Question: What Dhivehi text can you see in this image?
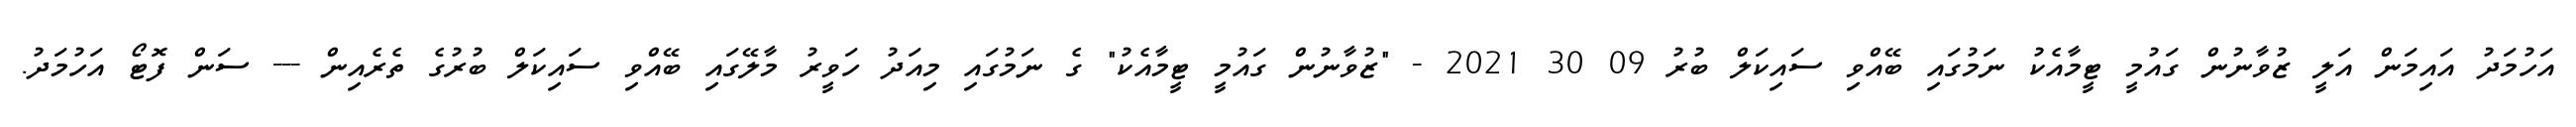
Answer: އަހުމަދު އައިމަން އަލީ ޒުވާނުން ގައުމީ ޓީމާއެކު ނަމުގައި ބޭއްވި ސައިކަލް ބުރު 09 30 2021 - "ޒުވާނުން ގައުމީ ޓީމާއެކު" ގެ ނަމުގައި މިއަދު ހަވީރު މާލޭގައި ބޭއްވި ސައިކަލް ބުރުގެ ތެރެއިން --- ސަން ފޮޓޯ އަހުމަދު.